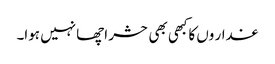
غدار وں کاکبھی بھی حشر اچھا نہیں ہوا۔